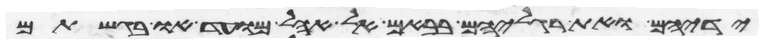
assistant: ידיהם ואת רגליהם בבאם אל אהל מועד ובקרבתם